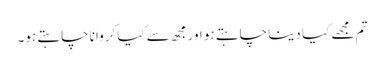
تم مجھے کیا دینا چاہتے ہو اور مجھ سے کیا کروانا چاہتے ہو۔